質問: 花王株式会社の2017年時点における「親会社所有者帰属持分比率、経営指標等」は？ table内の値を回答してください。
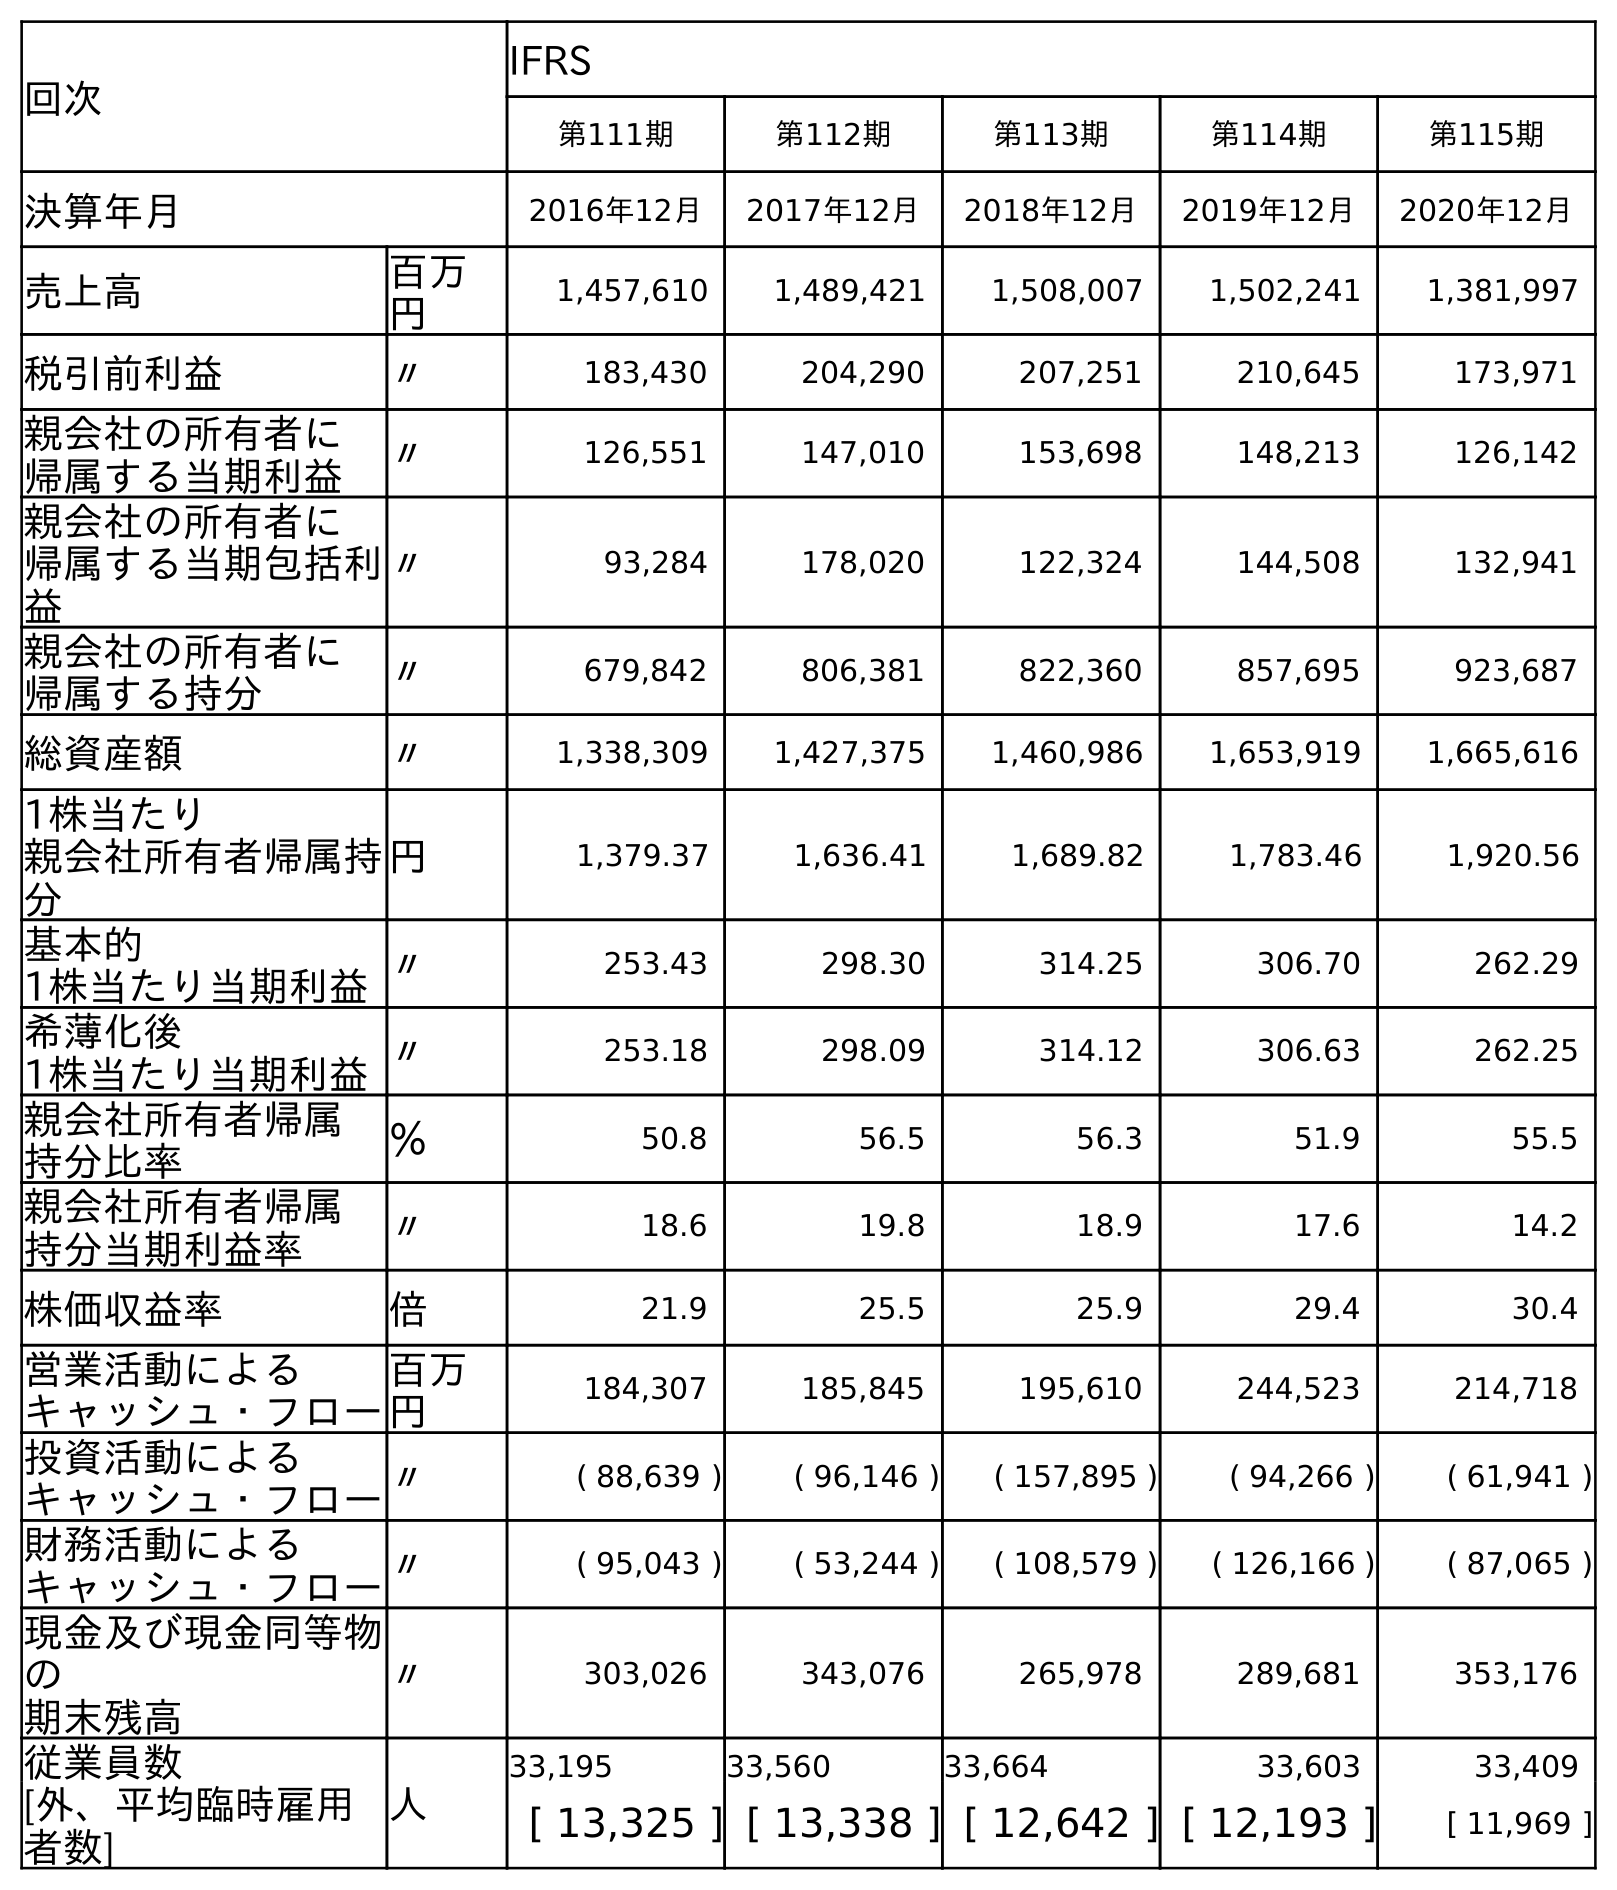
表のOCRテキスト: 回次 IFRS 第111期 第112期 第113期 第114期 第115期 決算年月 2016年12月 2017年12月 2018年12月 2019年12月 2020年12月 売上高 百万 円 1,457,610 1,489,421 1,508,007 1,502,241 1,381,997 税引前利益 〃 183,430 204,290 207,251 210,645 173,971 親会社の所有者に 帰属する当期利益 〃 126,551 147,010 153,698 148,213 126,142 親会社の所有者に 帰属する当期包括利 益 〃 93,284 178,020 122,324 144,508 132,941 親会社の所有者に 帰属する持分 〃 679,842 806,381 822,360 857,695 923,687 総資産額 〃 1,338,309 1,427,375 1,460,986 1,653,919 1,665,616 1株当たり 親会社所有者帰属持 分 円 1,379.37 1,636.41 1,689.82 1,783.46 1,920.56 基本的 1株当たり当期利益〃 253.43 298.30 314.25 306.70 262.29 希薄化後 1株当たり当期利益〃 253.18 298.09 314.12 306.63 262.25 親会社所有者帰属 持分比率 ％ 50.8 56.5 56.3 51.9 55.5 親会社所有者帰属 持分当期利益率 〃 18.6 19.8 18.9 17.6 14.2 株価収益率 倍 21.9 25.5 25.9 29.4 30.4 営業活動による キャッシュ・フロー 百万 円 184,307 185,845 195,610 244,523 214,718 投資活動による キャッシュ・フロー〃 ( 88,639 ) ( 96,146 ) ( 157,895 ) ( 94,266 ) ( 61,941 ) 財務活動による キャッシュ・フロー〃 ( 95,043 ) ( 53,244 ) ( 108,579 ) ( 126,166 ) ( 87,065 ) 現金及び現金同等物 の 期末残高 〃 303,026 343,076 265,978 289,681 353,176 従業員数 人 33,195 33,560 33,664 33,603 33,409 [外、平均臨時雇用 者数] [ 13,325 ] [ 13,338 ] [ 12,642 ] [ 12,193 ] [ 11,969 ]
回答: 56.5